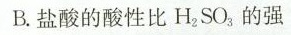
B.盐酸的酸性比H_{2}SO_{3}的强